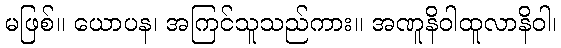
မဖြစ်။ ယောပန၊ အကြင်သူသည်ကား။ အဏူနိဝါထူလာနိဝါ၊